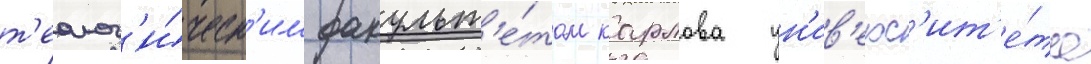
т'еолог'и́ческ'им факульт'е́том карлова ун'ив'ерс'ит'е́та